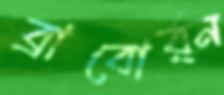
ব্রাবোর্র্ন